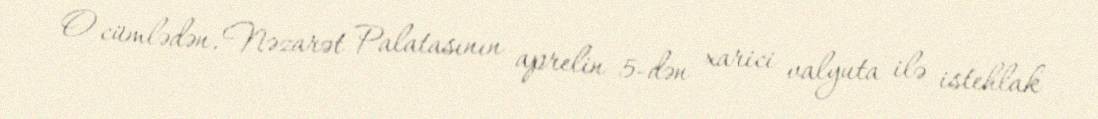
O cümlədən, Nəzarət Palatasının aprelin 5-dən xarici valyuta ilə istehlak